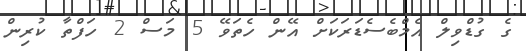
ގެ ގުޑްވިލް އެމްބެސެޑަރަކަށް އޭން ހެތަވޭ 5 މަސް 2 ހަފްތާ ކުރިން